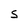
Character: S